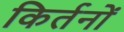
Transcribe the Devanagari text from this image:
किर्तनों